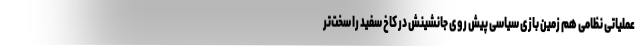
عملیاتی نظامی هم زمین بازی سیاسی پیش روی جانشینش در کاخ سفید را سخت‌تر